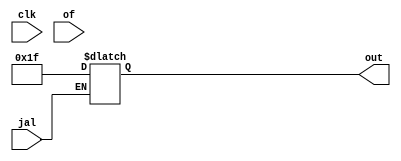
module IF(clk,of,jal,out);
  input of,jal,clk;
  output reg [31:0]out;
  always@(*)
  begin
    
     if(jal)
      out=5'b11111;
      
  end
endmodule